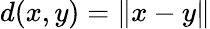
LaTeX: d(x,y)=\| x-y\|